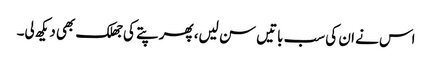
اس نے ان کی سب باتیں سن لیں، پھر پتے کی جھلک بھی دیکھ لی۔